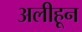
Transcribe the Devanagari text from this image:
अलीहून